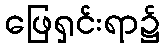
ဖြေရှင်းရာ၌